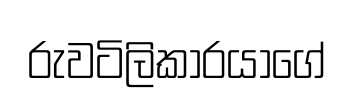
රුවටිලිකාරයාගේ